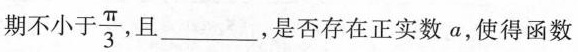
期不小于 $$\frac{\pi}{3}$$ 且_，是否存在正实数a，使得函数